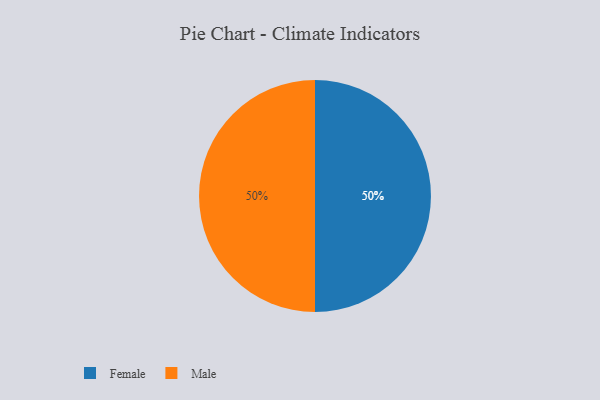
{"axis": {"x": "Category", "y": "Percentage"}, "legend": ["Female", "Male"], "data": [{"x": "Female", "y": 50, "type": "Female"}, {"x": "Male", "y": 50, "type": "Male"}]}